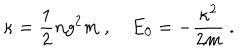
\kappa = \frac { 1 } { 2 } n g ^ { 2 } m \ , E _ { 0 } = - \frac { \kappa ^ { 2 } } { 2 m } \ .